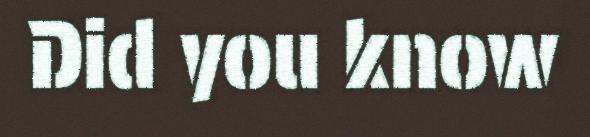
Did you know